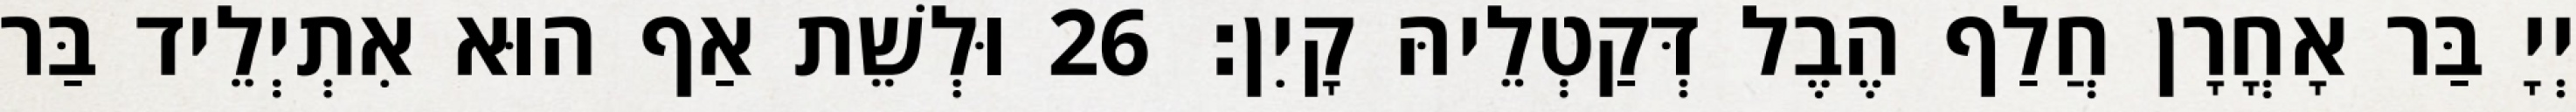
יְיָ בַּר אָחֳרָן חֲלַף הֶבֶל דְּקַטְלֵיהּ קָיִן׃ 26 וּלְשֵׁת אַף הוּא אִתְיְלֵיד בַּר